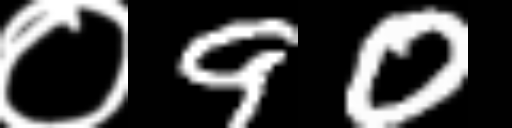
Text: ०90